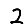
Digit: 2